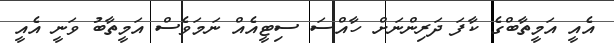
އެއީ އަމީތާބްގެ ކާފަ ދަރިންނަށް ހާއްސަ ސިޓީއެއް ނަމަވެސް އަމީތާބު ވަނީ އެއީ